Civil Veterinary Department Bengal reports 1923-33 - 1923-1933
Year: 1923
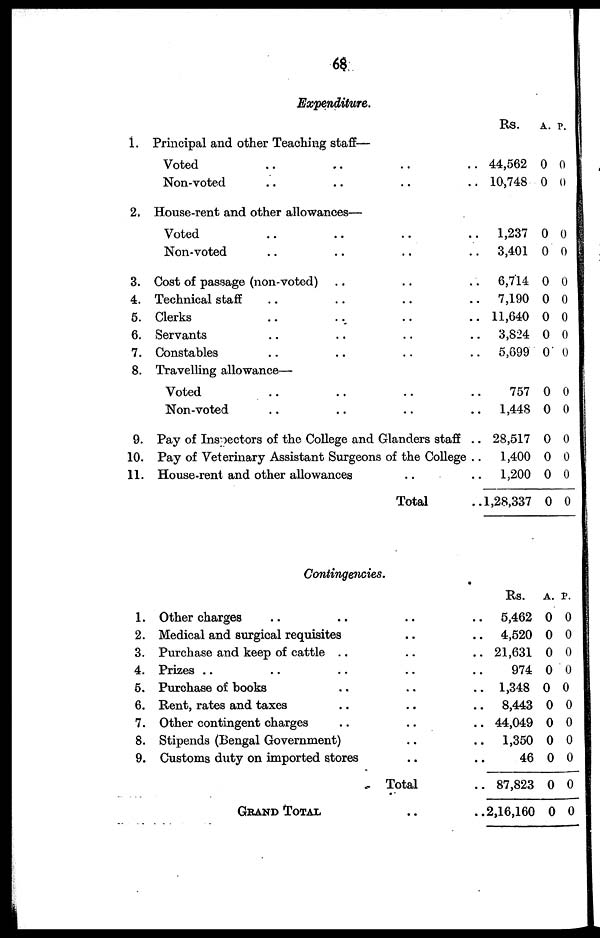
68
Expenditure.
1.
2.
3.
4.
5.
6.
7.
8.
9.
10.
11.
Principal and other Teaching staff—
Voted .. .. .. ..
Non-voted .. .. .. ..
House-rent and other allowances—
Voted .. .. .. ..
Non-voted .. .. .. ..
Cost of passage (non-voted) .. .. ..
Technical staff .. .. .. ..
Clerks .. .. .. ..
Servants .. .. .. ..
Constables .. .. .. ..
Travelling allowance—
Voted .. .. .. ..
Non-voted .. .. .. ..
Pay of Inspectors of the College and Glanders staff ..
Pay of Veterinary Assistant Surgeons of the College ..
House-rent and other allowances .. ..
Total ..
Rs. A. P.
44,562 0 0
10,748 0 0
1,237 0 0
3,401 0 0
6,714 0 0
7,190 0 0
11,640 0 0
3,824 0 0
5,699 0 0
757 0 0
1,448 0 0
28,517 0 0
1,400 0 0
1,200 0 0
1,28,337 0 0
Contingencies.
1.
2.
3.
4.
5.
6.
7.
8.
9.
Other charges .. .. .. ..
Medical and surgical requisites .. ..
Purchase and keep of cattle .. .. ..
Prizes .. .. .. .. ..
Purchase of books .. .. ..
Rent, rates and taxes .. .. ..
Other contingent charges .. .. ..
Stipends (Bengal Government) .. ..
Customs duty on imported stores .. ..
Total ..
GRAND TOTAL .. ..
Rs. A. P.
5,462 0 0
4,520 0 0
21,631 0 0
974 0 0
1,348 0 0
8,443 0 0
44,049 0 0
1,350 0 0
46 0 0
87,823 0 0
2,16,160 0 0